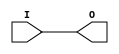
module IBUFG_SSTL18_I_DCI (O, I);

    output O;

    input  I;

	buf B1 (O, I);


endmodule